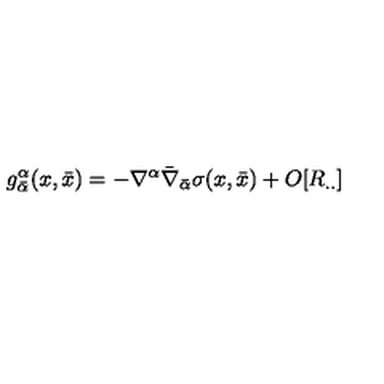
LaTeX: g _ { { \bar { \alpha } } } ^ { \alpha } ( x , { \bar { x } } ) = - \nabla ^ { \alpha } { \bar { \nabla } } _ { \bar { \alpha } } \sigma ( x , { \bar { x } } ) + O [ R _ { . . } ]